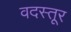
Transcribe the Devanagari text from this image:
वदस्तूर